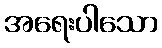
အရေးပါသော